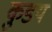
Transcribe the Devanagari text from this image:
कुडय